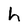
Character: h